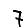
Digit: 7